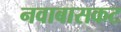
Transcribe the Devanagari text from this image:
नवाबासकट